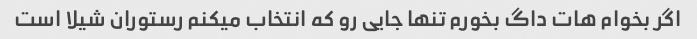
اگر بخوام هات داگ بخورم تنها جایی رو که انتخاب میکنم رستوران شیلا است